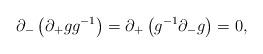
LaTeX: \begin{align*}\partial_{-} \left(\partial_{+} g g^{-1} \right) =\partial_{+} \left(g^{-1} \partial_{-} g \right) = 0,\end{align*}